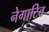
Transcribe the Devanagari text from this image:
नेगाटिव